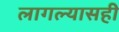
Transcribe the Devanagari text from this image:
लागल्यासही